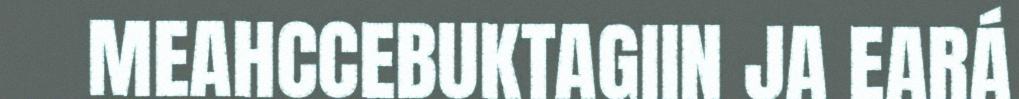
MEAHCCEBUKTAGIIN JA EARÁ